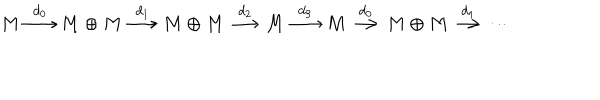
M \stackrel { d _ { 0 } } { \longrightarrow } M \oplus M \stackrel { d _ { 1 } } { \longrightarrow } M \oplus M \stackrel { d _ { 2 } } { \longrightarrow } M \stackrel { d _ { 3 } } { \longrightarrow } M \stackrel { d _ { 0 } } { \longrightarrow } M \oplus M \stackrel { d _ { 1 } } { \longrightarrow } \cdots